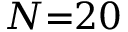
N { = } 2 0